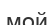
мой